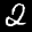
Label: 2